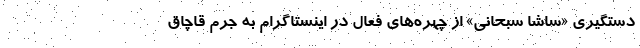
دستگیری «ساشا سبحانی» از چهره‌های فعال در اینستاگرام به جرم قاچاق